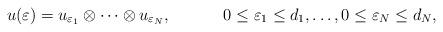
LaTeX: \begin{align*}u(\varepsilon) = u_{\varepsilon_1} \otimes \cdots \otimes u_{\varepsilon_N},&&0 \le \varepsilon_1 \le d_1, \ldots, 0 \le \varepsilon_N \le d_N,\end{align*}